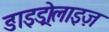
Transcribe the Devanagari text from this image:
ङाइड्रोलाइज़